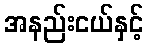
အနည်းငယ်နှင့်